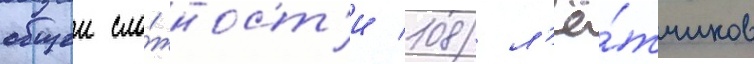
общеи сло́жност'и 108 л'ё́тчиков